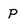
Character: p